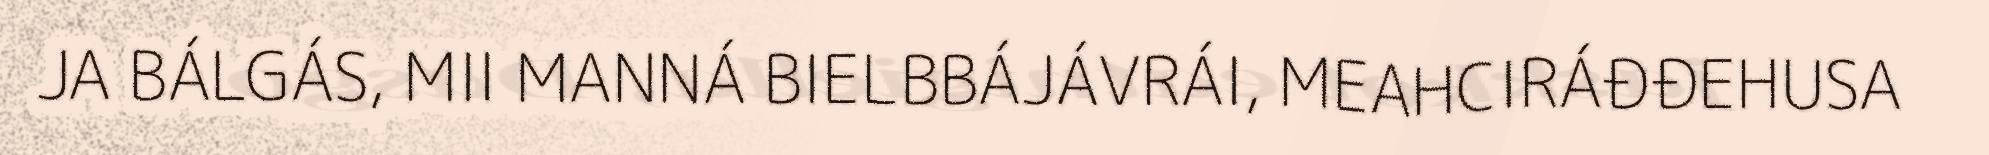
JA BÁLGÁS, MII MANNÁ BIELBBÁJÁVRÁI, MEAHCIRÁĐĐEHUSA